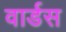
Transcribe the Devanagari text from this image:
वार्डस